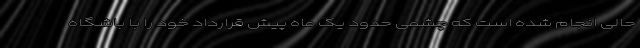
حالی انجام شده است که چشمی حدود یک ماه پیش قرارداد خود را با باشگاه